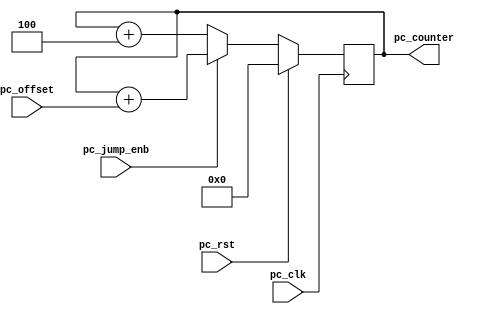
`timescale 1ns / 1ps

module PC(
    input pc_rst,
    input pc_clk,
    input pc_jump_enb,
    input [31:0] pc_offset,
    output reg [31:0] pc_counter 
    );
       
always @(posedge pc_clk) 
    begin
    
        if (pc_rst)
            pc_counter = 0; //counter reset
            
        else if (pc_jump_enb)
            pc_counter = pc_counter + pc_offset ; //jump
            
        else if (!pc_jump_enb)
            pc_counter = pc_counter + 4;
               
    end

endmodule